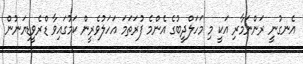
އެނގުނީ ރަންނަމާރި އަކީ މި މަހަލްދީބުގެ އެންމެ ފުރަތަމަ އަހަލުވެރީން ކަމުގައިވާ ޑްރެވީޑިޔަނުން